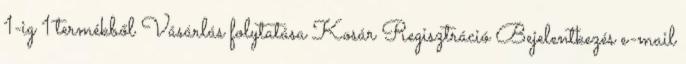
1-ig 1 termékből Vásárlás folytatása Kosár Regisztráció Bejelentkezés e-mail